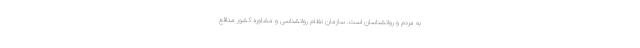
به مردم و روانشناسان است. سازمان نظام روانشناسی و مشاوره کشور مدافع